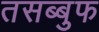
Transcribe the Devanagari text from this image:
तसब्बुफ